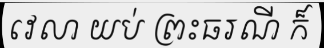
វេលា យប់ ព្រះធរណី ក៏